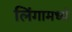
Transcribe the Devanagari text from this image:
लिंगामध्ये